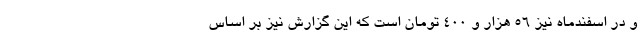
و در اسفندماه نیز ۵۶ هزار و ۴۰۰ تومان است که این گزارش نیز بر اساس